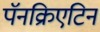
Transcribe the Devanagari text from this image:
पॅनक्रिएटिन